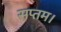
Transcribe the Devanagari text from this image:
सप्तम।